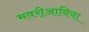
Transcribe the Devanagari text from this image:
मवरी्आनिया